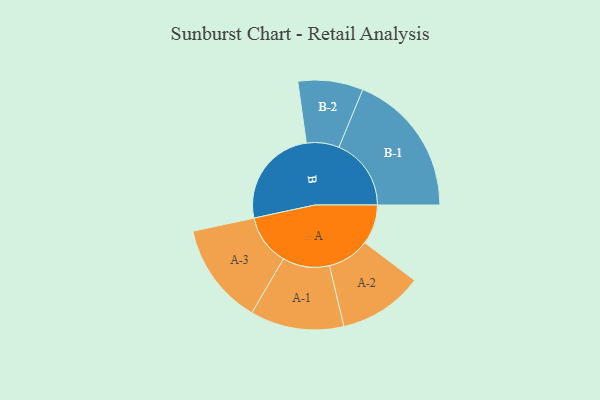
{"axis": {"x": "Segment", "y": "Value"}, "legend": ["", "A", "B"], "data": [{"x": "A", "y": 156, "type": ""}, {"x": "B", "y": 396, "type": ""}, {"x": "A-1", "y": 184, "type": "A"}, {"x": "A-2", "y": 166, "type": "A"}, {"x": "A-3", "y": 200, "type": "A"}, {"x": "B-1", "y": 284, "type": "B"}, {"x": "B-2", "y": 128, "type": "B"}]}